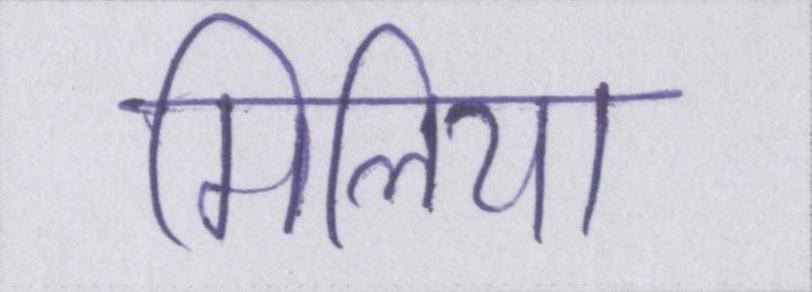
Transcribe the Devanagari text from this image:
मिलिया